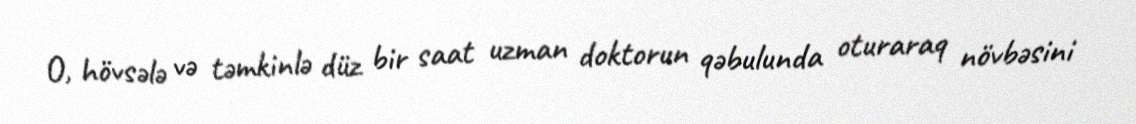
O, hövsələ və təmkinlə düz bir saat uzman doktorun qəbulunda oturaraq növbəsini